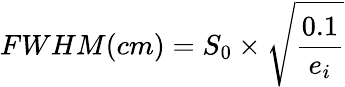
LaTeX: FWHM(cm)=S_{0}\times\sqrt{\frac{0.1}{e_{i}}}